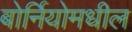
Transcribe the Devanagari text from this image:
बोर्नियोमधील